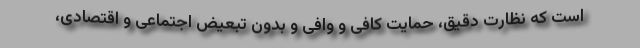
است که نظارت دقیق، حمایت کافی و وافی و بدون تبعیض اجتماعی و اقتصادی،